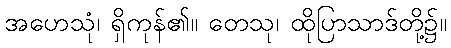
အဟေသုံ၊ ရှိကုန်၏။ တေသု၊ ထိုပြာသာဒ်တို့၌။